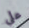
على